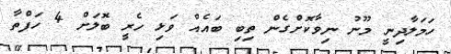
ހަމަލާދިނީ މޫނު ނިވާކޮށްގެން ތިބި ބައެއް ވަޅި ހެރީ ބޮލަށް 4 ހަފްތާ